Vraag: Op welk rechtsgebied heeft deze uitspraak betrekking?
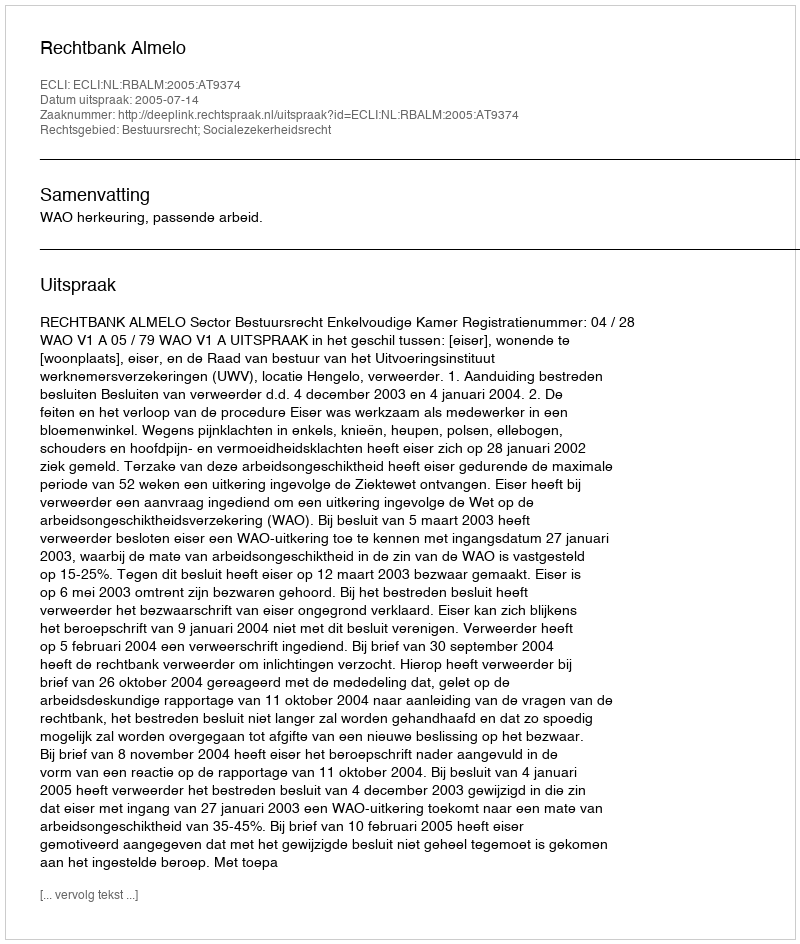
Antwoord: Bestuursrecht; Socialezekerheidsrecht